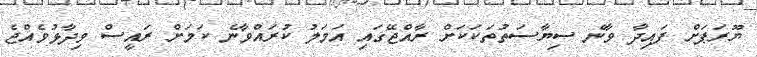
ޔޫރަޕަށް ފައިދާ ވާނެ ސިޔާސަތުތަކަކަށް ރާއްޖޭގައި އަމަލު ކުރައްވާނެ ކަމަށް ރައީސް ވިދާޅުވެއްޖެ